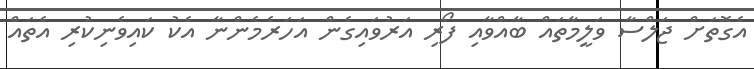
އެގޮތަށް ޖަލްސާ ވަލީމާތައް ބާއްވާއި ފޯރި އަރުވައިގެން އަހަރެމެންނާ އެކު ކައިވެނިކުރި އެތައް